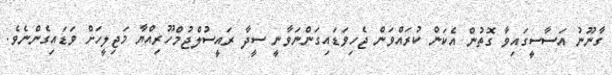
ގާނޫނު އަސާސީގައިވާ ގޮތުން އެކަން ކުރައްވަން ޖެހިވަޑައިގަންނަވާނީ ސީދާ ރައީސުލްޖުމްހޫރިއްޔާ މަޖިލީހަށް ވަޑައިގެންނެވެ.